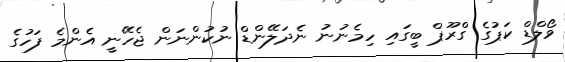
ވޯލްޑް ކަޕުގެ ގްރޫޕް ބީގައި ހިމެނުނު ނެދަލޭންޑް ނުކުންނަން ޖެހޭނީ އެންމެ ފަހުގެ